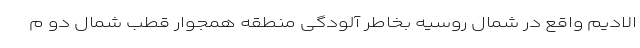
الادیم واقع در شمال روسیه بخاطر آلودگی منطقه همجوار قطب شمال دو م